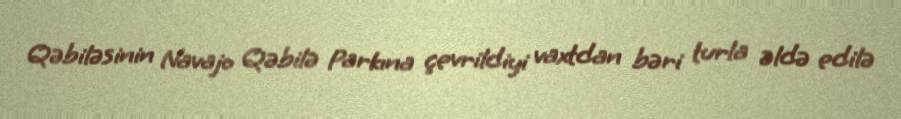
Qəbiləsinin Navajo Qəbilə Parkına çevrildiyi vaxtdan bəri turla əldə edilə